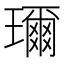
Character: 𤪙